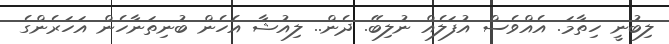
ލިބުނީ ހިތާމަ. އެއްވެސް އުފަލެއް ނުލިބޭ. ދެން.. ލިއުޝާ އެހެން ބުނިތަނާހެން އަހަރެންގެ